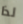
لذا